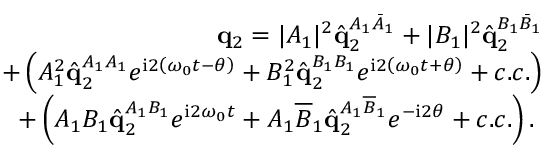
\begin{array} { r } { \mathbf { q } _ { 2 } = | A _ { 1 } | ^ { 2 } \hat { \mathbf { q } } _ { 2 } ^ { A _ { 1 } \bar { A } _ { 1 } } + | B _ { 1 } | ^ { 2 } \hat { \mathbf { q } } _ { 2 } ^ { B _ { 1 } \bar { B } _ { 1 } } } \\ { + \left( A _ { 1 } ^ { 2 } \hat { \mathbf { q } } _ { 2 } ^ { A _ { 1 } A _ { 1 } } e ^ { \mathrm { i } 2 \left( \omega _ { 0 } t - \theta \right) } + B _ { 1 } ^ { 2 } \hat { \mathbf { q } } _ { 2 } ^ { B _ { 1 } B _ { 1 } } e ^ { \mathrm { i } 2 \left( \omega _ { 0 } t + \theta \right) } + c . c . \right) } \\ { + \left( A _ { 1 } B _ { 1 } \hat { \mathbf { q } } _ { 2 } ^ { A _ { 1 } B _ { 1 } } e ^ { \mathrm { i } 2 \omega _ { 0 } t } + A _ { 1 } \overline { { B } } _ { 1 } \hat { \mathbf { q } } _ { 2 } ^ { A _ { 1 } \overline { { B } } _ { 1 } } e ^ { - \mathrm { i } 2 \theta } + c . c . \right) . \ } \end{array}